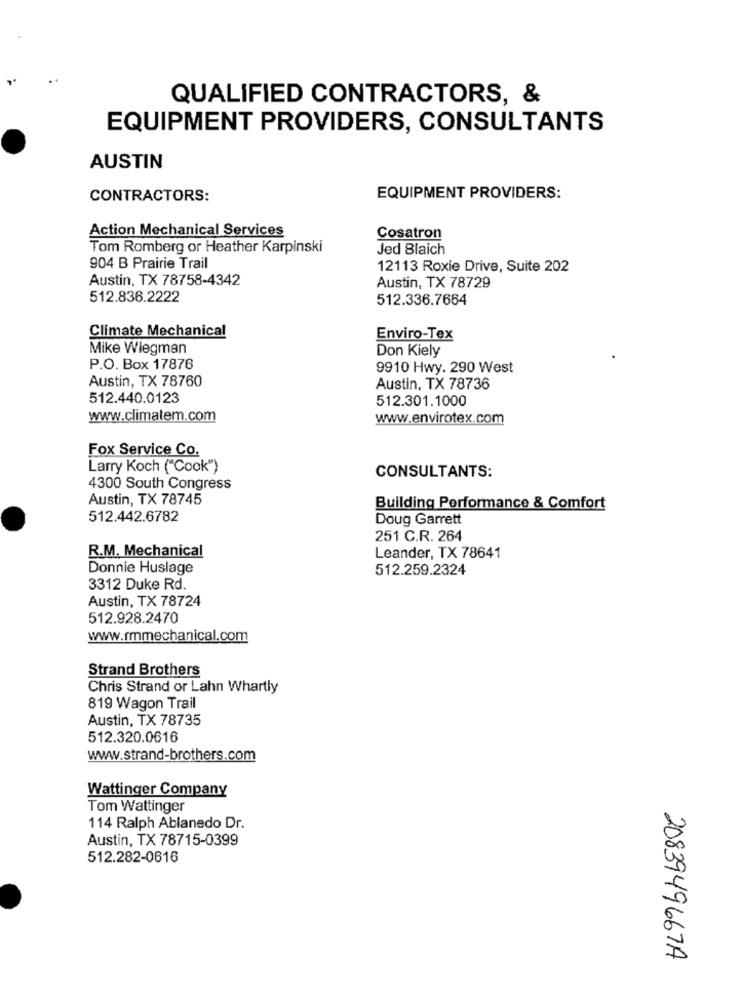
QUALIFIED CONTRACTORS, &
EQUIPMENT PROVIDERS, CONSULTANTS
AUSTIN
CONTRACTORS:
EQUIPMENT PROVIDERS:
Action Mechanical Services
Cosatron
Tom Romberg or Heather Karpinski
Jed Blaich
904 B Prairie Trail
12113 Roxie Drive, Suite 202
Austin, TX 78758-4342
Austin, TX 78729
512.836.2222
512.336.7664
Climate Mechanical
Enviro-Tex
Mike Wiegman
Don Kiely
P.O. Box 17876
9910 Hwy. 290 West
Austin, TX 78760
Austin, TX 78736
512.440.0123
512.301.1000
www.climatem.com
www.envirotex.com
Fox Service Co.
Larry Koch ("Cook")
CONSULTANTS:
4300 South Congress
Austin, TX 78745
Building Performance & Comfort
512.442.6782
Doug Garrett
251 C.R. 264
R.M. Mechanical
Leander, TX 78641
Donnie Huslage
512.259.2324
3312 Duke Rd.
Austin, TX 78724
512.928.2470
www.rmmechanical.com
Strand Brothers
Chris Strand or Lahn Whartly
819 Wagon Trail
Austin, TX 78735
512.320.0616
www.strand-brothers.com
Wattinger Company
Tom Wattinger
114 Ralph Ablanedo Dr.
Austin, TX 78715-0399
512.282-0616
2083949667A